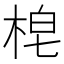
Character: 梍